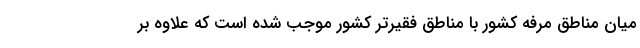
میان مناطق مرفه کشور با مناطق فقیرتر کشور موجب شده است که علاوه بر